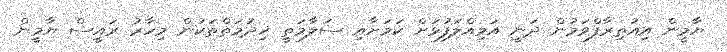
ޔާމީން އިއުތިރާފްވަމުން ދަނީ އަމިއްލަފުޅަށް ކަމަށާއި ސަލާމަތީ ޚިދުމަތްތަކުން މިހާރު ރައީސް ޔާމީން